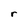
Character: r